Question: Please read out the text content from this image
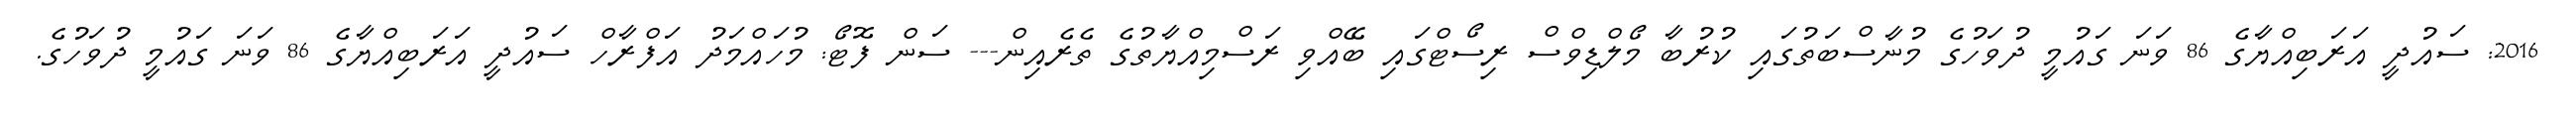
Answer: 2016: ސައުދީ އަރަބިއްޔާގެ 86 ވަނަ ގައުމީ ދުވަހުގެ މުނާސްބަތުގައި ކުރުބާ މޯލްޑިވްސް ރިސޯޓްގައި ބޭއްވި ރަސްމިއްޔާތުގެ ތެރެއިން--- ސަން ފޮޓޯ: މުހައްމަދު އަފްރާހް ސައުދީ އަރަބިއްޔާގެ 86 ވަނަ ގައުމީ ދުވަހުގެ.